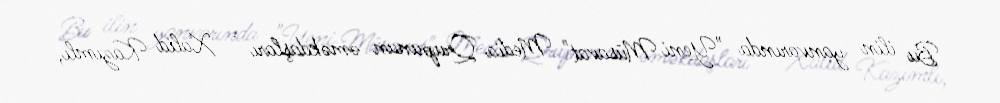
Bu ilin yanvarında "Yeni Müsavat" Media Qrupunun əməkdaşları - Xalid Kazımlı,